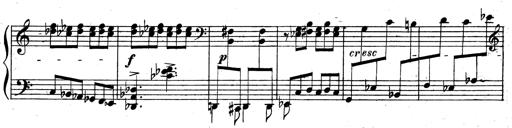
Title: 3 Sonatinas for Piano
Composer: Vissarion Shebalin